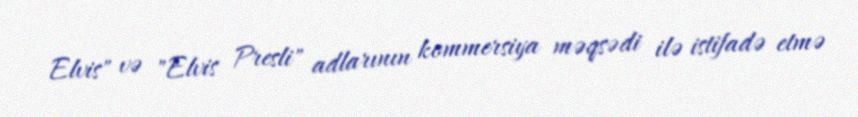
Elvis" və "Elvis Presli" adlarının kommersiya məqsədi ilə istifadə etmə